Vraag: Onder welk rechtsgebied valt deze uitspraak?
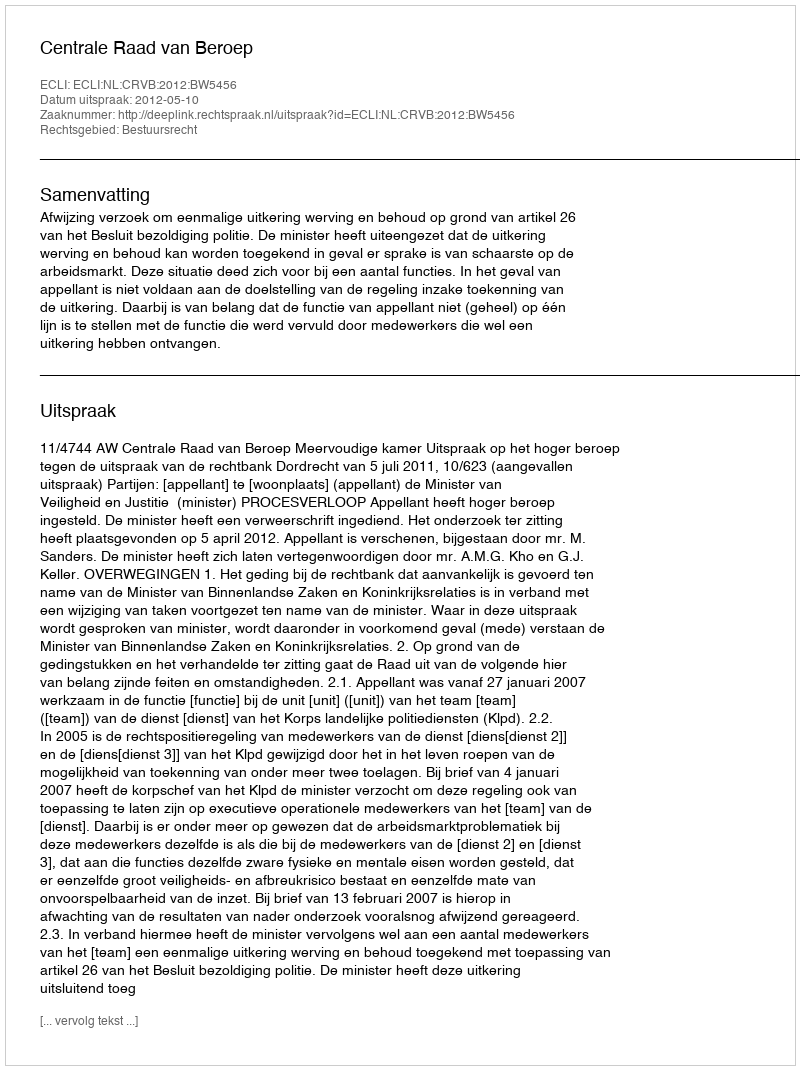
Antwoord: Bestuursrecht